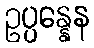
ဥပ္ပန္နေန